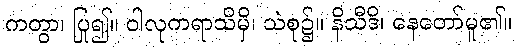
ကတွာ၊ ပြု၍။ ဝါလုကရာသိမှိ၊ သဲစု၌။ နိသီဒိ၊ နေတော်မူ၏။